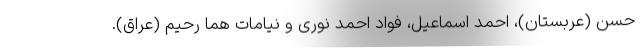
حسن (عربستان)، احمد اسماعیل، فواد احمد نوری و نیامات هما رحیم (عراق).